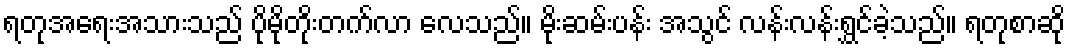
ရတုအရေးအသားသည် ပိုမိုတိုးတက်လာ လေသည်။ မိုးဆမ်းပန်း အသွင် လန်းလန်းရွှင်ခဲ့သည်။ ရတုစာဆို